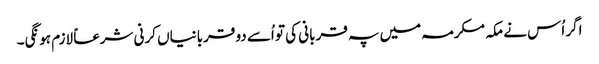
اگر اُس نے مکہ مکرمہ میں پہ قربانی کی تو اُسے دو قربانیاں کرنی شرعاً لازم ہونگی۔